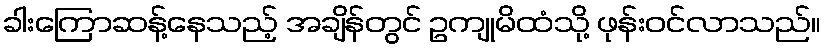
ခါးကြောဆန့်နေသည့် အချိန်တွင် ဥကျုမိထံသို့ ဖုန်းဝင်လာသည်။